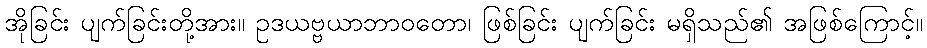
အိုခြင်း ပျက်ခြင်းတို့အား။ ဥဒယဗ္ဗယာဘာဝတော၊ ဖြစ်ခြင်း ပျက်ခြင်း မရှိသည်၏ အဖြစ်ကြောင့်။